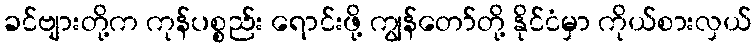
ခင်ဗျားတို့က ကုန်ပစ္စည်း ရောင်းဖို့ ကျွန်တော်တို့ နိုင်ငံမှာ ကိုယ်စားလှယ်